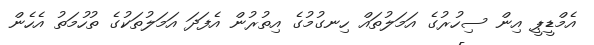
އެމްޑީޕީ އިން ސިހުރުގެ އަމަލުތައް ހިނގުމުގެ އިތުރުން އެފަދަ އަމަލުތަކުގެ ތުހުމަތު އެހެން